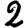
Digit: 2